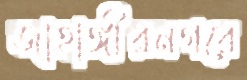
জাহাঙ্গীরনগরে